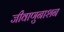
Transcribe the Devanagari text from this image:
जीवाणुनाशन